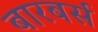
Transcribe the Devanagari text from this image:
बारबर्स